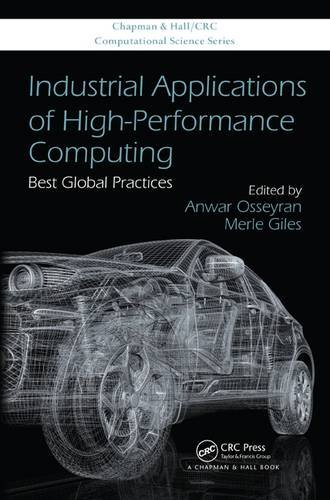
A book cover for Industrial Applications of High-Performance Computing: Best Global Practices (Chapman & Hall/CRC Computational Science); Computers & Technology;